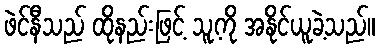
ဖဲင်နီသည် ထိုနည်းဖြင့် သူ့ကို အနိုင်ယူခဲ့သည်။